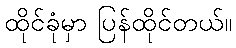
ထိုင်ခုံမှာ ပြန်ထိုင်တယ်။